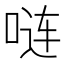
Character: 𪡏